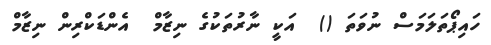
ހައިޕޯތަލަމަސް ނުވަތަ ()  އަކީ ނާރުތަކުގެ ނިޒާމް  އެންޑަކްރިން ނިޒާމް